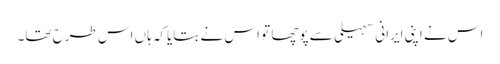
اس نے اپنی ایرانی سہیلی سے پوچھا تو اس نے بتایاکہ ہاں اس طرح تھا۔